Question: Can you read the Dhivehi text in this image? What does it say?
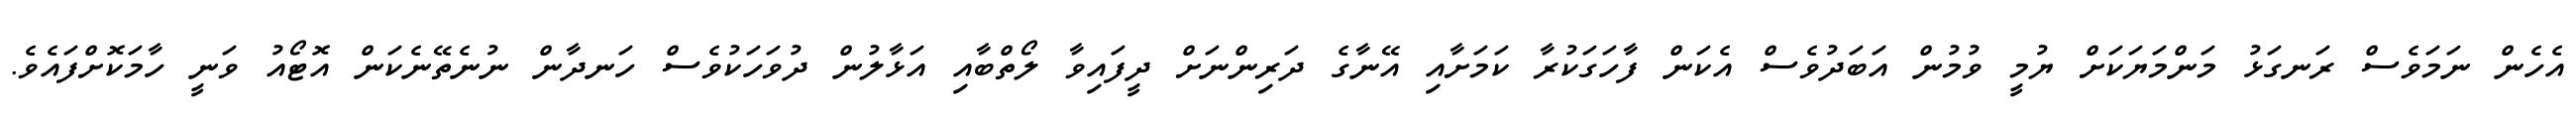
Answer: އެހެން ނަމަވެސް ރަނގަޅު މަންމަޔަކަށް ޔުމީ ވުމުން އަބަދުވެސް އެކަން ފާހަގަކުރާ ކަމަށާއި އޭނާގެ ދަރިންނަށް ދީފައިވާ ލޯތްބާއި އަޅާލުން ދުވަހަކުވެސް ހަނދާން ނުނެތޭނެކަން އޮޓޯއު ވަނީ ހާމަކޮށްފައެވެ.